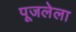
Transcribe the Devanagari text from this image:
पूजलेला